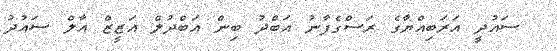
ސައުދީ އަރަބިއްޔާގެ ރަސްގެފާނު އަބްދު ބިން އަބްދުލް އަޒީޒް އާލް ސައުދު